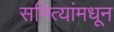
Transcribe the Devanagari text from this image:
समित्यांमधून